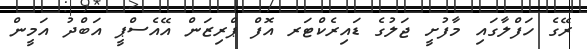
ރޭގެ ހަފްލާގައި މާފުށީ ޖަލުގެ ޑައިރެކްޓަރ އޮފް ޕްރިޒަން އޭއެސްޕީ އަބްދު އަމީން